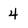
Character: 4